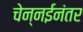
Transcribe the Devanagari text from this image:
चेन्नईनंतर